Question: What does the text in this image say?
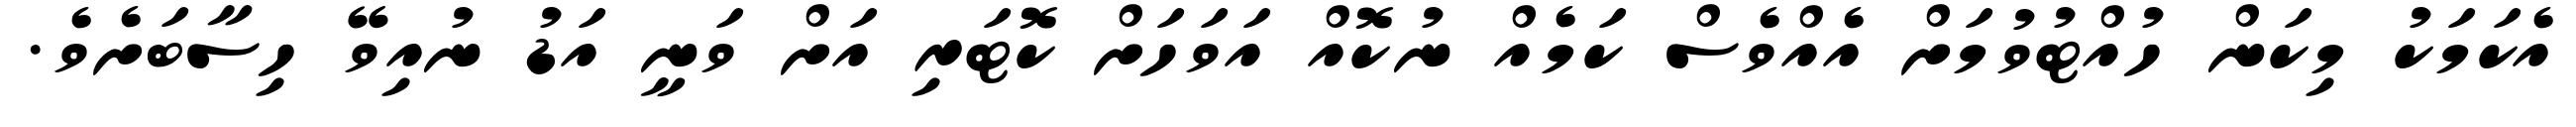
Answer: އެކަމަކު މިކަން ހުއްޓުވުމަށް އެއްވެސް ކަމެއް ނުކޮއް އަވަހަށް ކޮޓަރި އަށް ވަނީ އަޑު ނުއިވޭ ހިސާބަށެވެ.